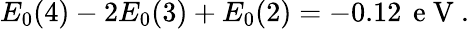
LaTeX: \begin{array}{r}{E_{0}(4)-2E_{0}(3)+E_{0}(2)=-0.12\, \mathrm{~e~V~}.}\end{array}